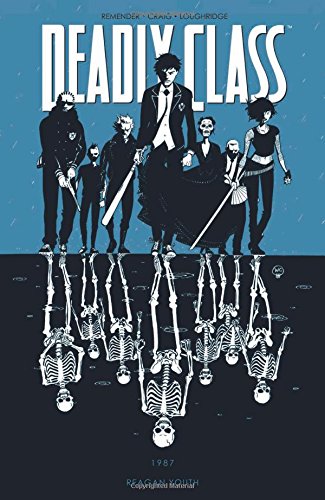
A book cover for Deadly Class Volume 1: Reagan Youth TP; Rick Remender; Comics & Graphic Novels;